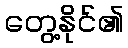
တွေ့နိုင်၏